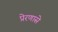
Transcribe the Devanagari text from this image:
प्रेरणासे